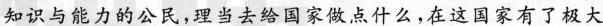
知识与能力的公民，理当去给国家做点什么，在这国家有了极大